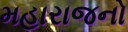
મહારાજનો